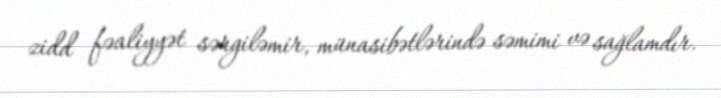
zidd fəaliyyət sərgiləmir, münasibətlərində səmimi və sağlamdır.